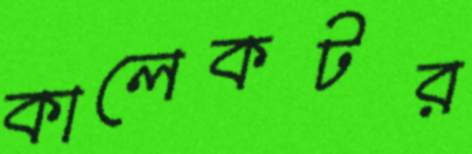
কালেকটর